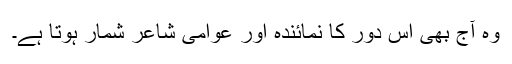
وہ آج بھی اس دور کا نمائندہ اور عوامی شاعر شمار ہوتا ہے۔